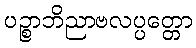
ပဉ္စာဘိညာဗလပ္ပတ္တော